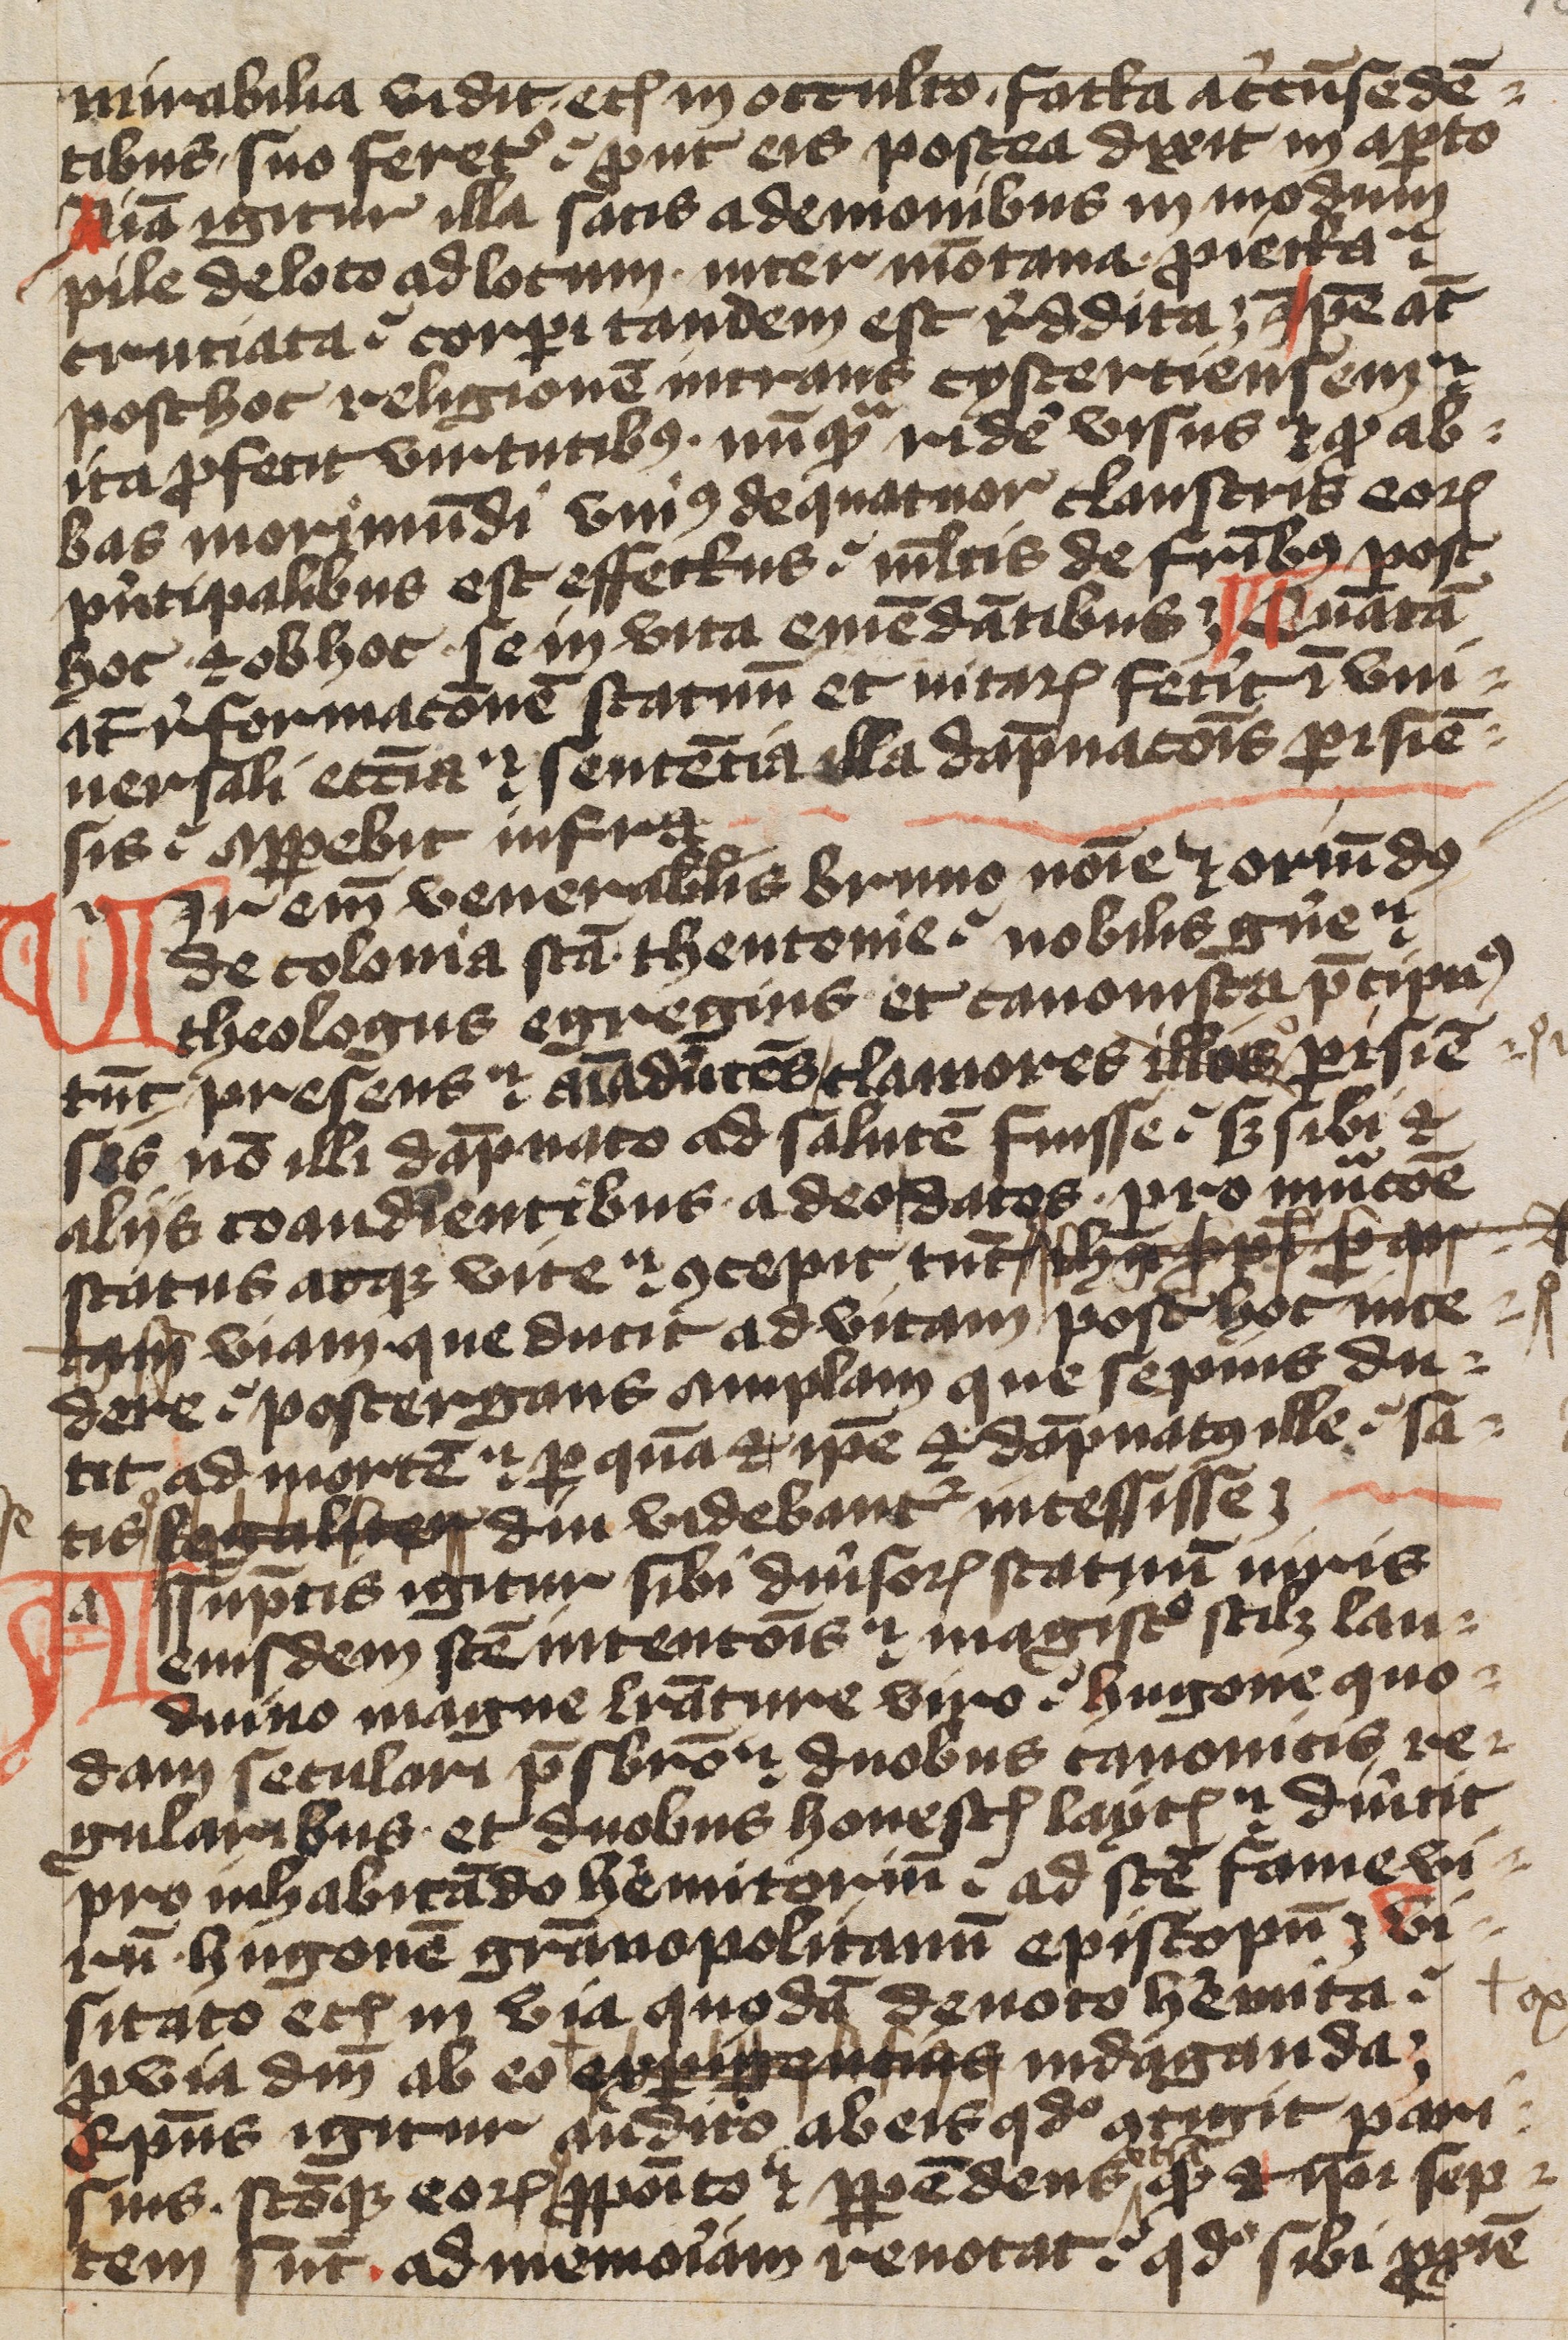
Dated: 1400–1499